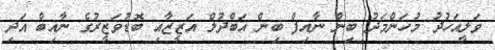
ވަލީއަހުދު މުހަންމަދު ބިން ނާއިފް ބިން އަބްދުލް އަޒީޒާއި ބޮޑުވަޒީރުގެ ނާއިބް އަދި